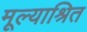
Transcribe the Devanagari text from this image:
मूल्याश्रित